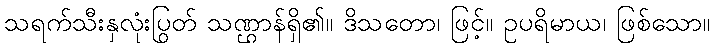
သရက်သီးနှလုံးပြွတ် သဏ္ဌာန်ရှိ၏။ ဒိသတော၊ ဖြင့်။ ဥပရိမာယ၊ ဖြစ်သော။